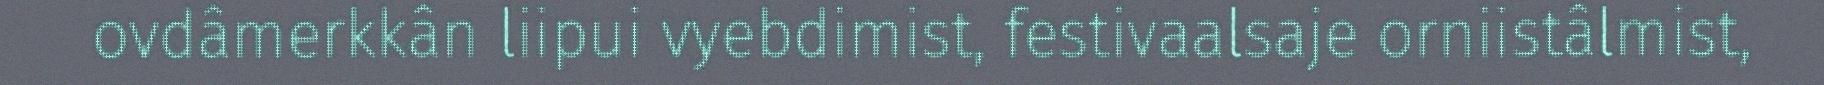
ovdâmerkkân liipui vyebdimist, festivaalsaje orniistâlmist,